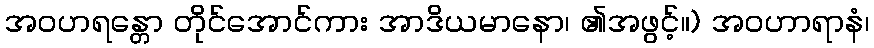
အဝဟရန္တော တိုင်အောင်ကား အာဒိယမာနော၊ ၏အဖွင့်။) အဝဟာရာနံ၊